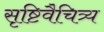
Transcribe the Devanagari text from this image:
सृष्टिवैचित्र्य